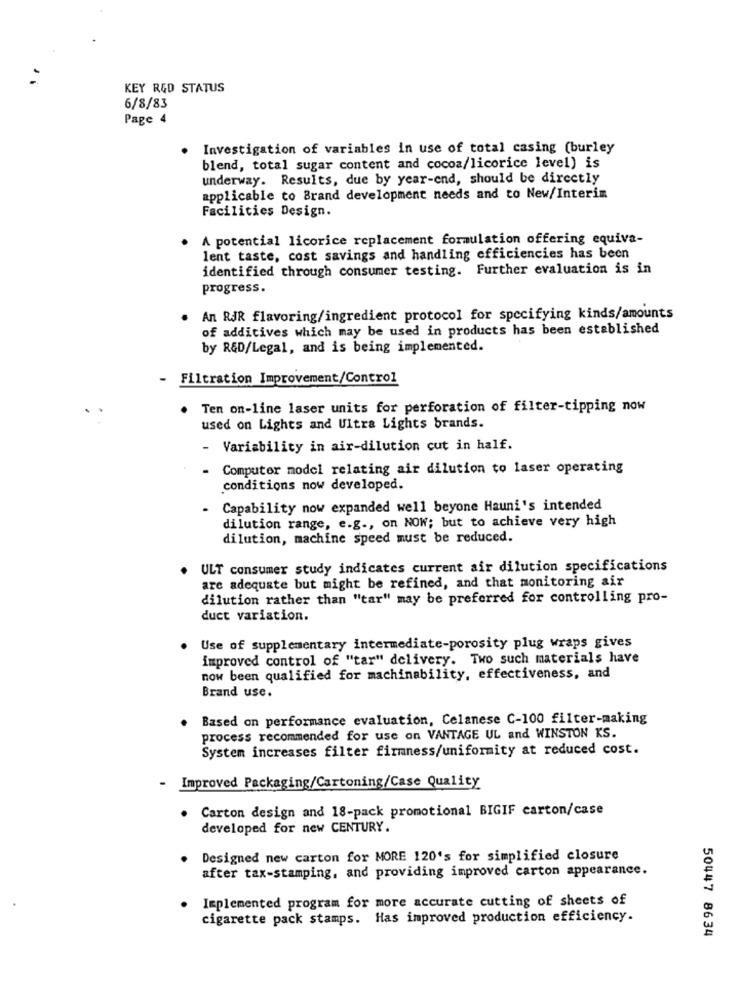
KEY RED STATUS
6/8/83
Page 4
Investigation of variables in use of total casing (burley
blend, total sugar content and cocoa/licorice level) is
underway. Results, due by year-end, should be directly
applicable to Brand development needs and to New/Interim
Facilities Design.
A potential licorice replacement formulation offering equiva-
lent taste, cost savings and handling efficiencies has been
identified through consumer testing. Further evaluation is in
progress.
An RJR flavoring/ingredient protocol for specifying kinds/amounts
of additives which may be used in products has been established
by R&D/Legal, and is being implemented.
-
Filtration Improvement/Control
Ten on-line laser units for perforation of filter-tipping now
used on Lights and Ultra Lights brands.
Variability in air-dilution cut in half.
Computer model relating air dilution to laser operating
conditions now developed.
Capability now expanded well beyone Hauni's intended
dilution range, e.g ., on NOW; but to achieve very high
dilution, machine speed must be reduced.
. ULT consumer study indicates current air dilution specifications
are adequate but might be refined, and that monitoring air
dilution rather than "tar" may be preferred for controlling pro-
duct variation.
. Use of supplementary intermediate-porosity plug wraps gives
improved control of "tar" delivery. Two such materials have
now been qualified for machinability, effectiveness, and
Brand use.
. Based on performance evaluation, Celanese C-100 filter-making
process recommended for use on VANTAGE UL and WINSTON KS.
System increases filter firmness/uniformity at reduced cost.
- Improved Packaging/Cartoning/Case Quality
Carton design and 18-pack promotional BIGIF carton/case
developed for new CENTURY.
Designed new carton for MORE 120's for simplified closure
after tax-stamping, and providing improved carton appearance.
· Implemented program for more accurate cutting of sheets of
cigarette pack stamps. Has improved production efficiency.
50447 8634